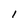
Character: 1